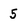
Character: 5